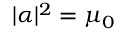
| \alpha | ^ { 2 } = \mu _ { 0 }